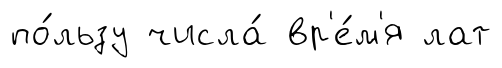
по́льзу числа́ вр'е́м'я лат